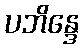
ပဘိန္ဒေ